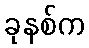
ခုနစ်က